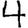
Digit: 4